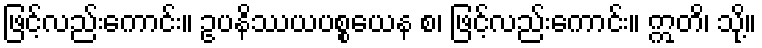
ဖြင့်လည်းကောင်း။ ဥပနိဿယပစ္စယေန စ၊ ဖြင့်လည်းကောင်း။ ဣတိ၊ သို့။